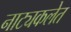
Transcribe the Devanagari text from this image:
नाट्यकलेत